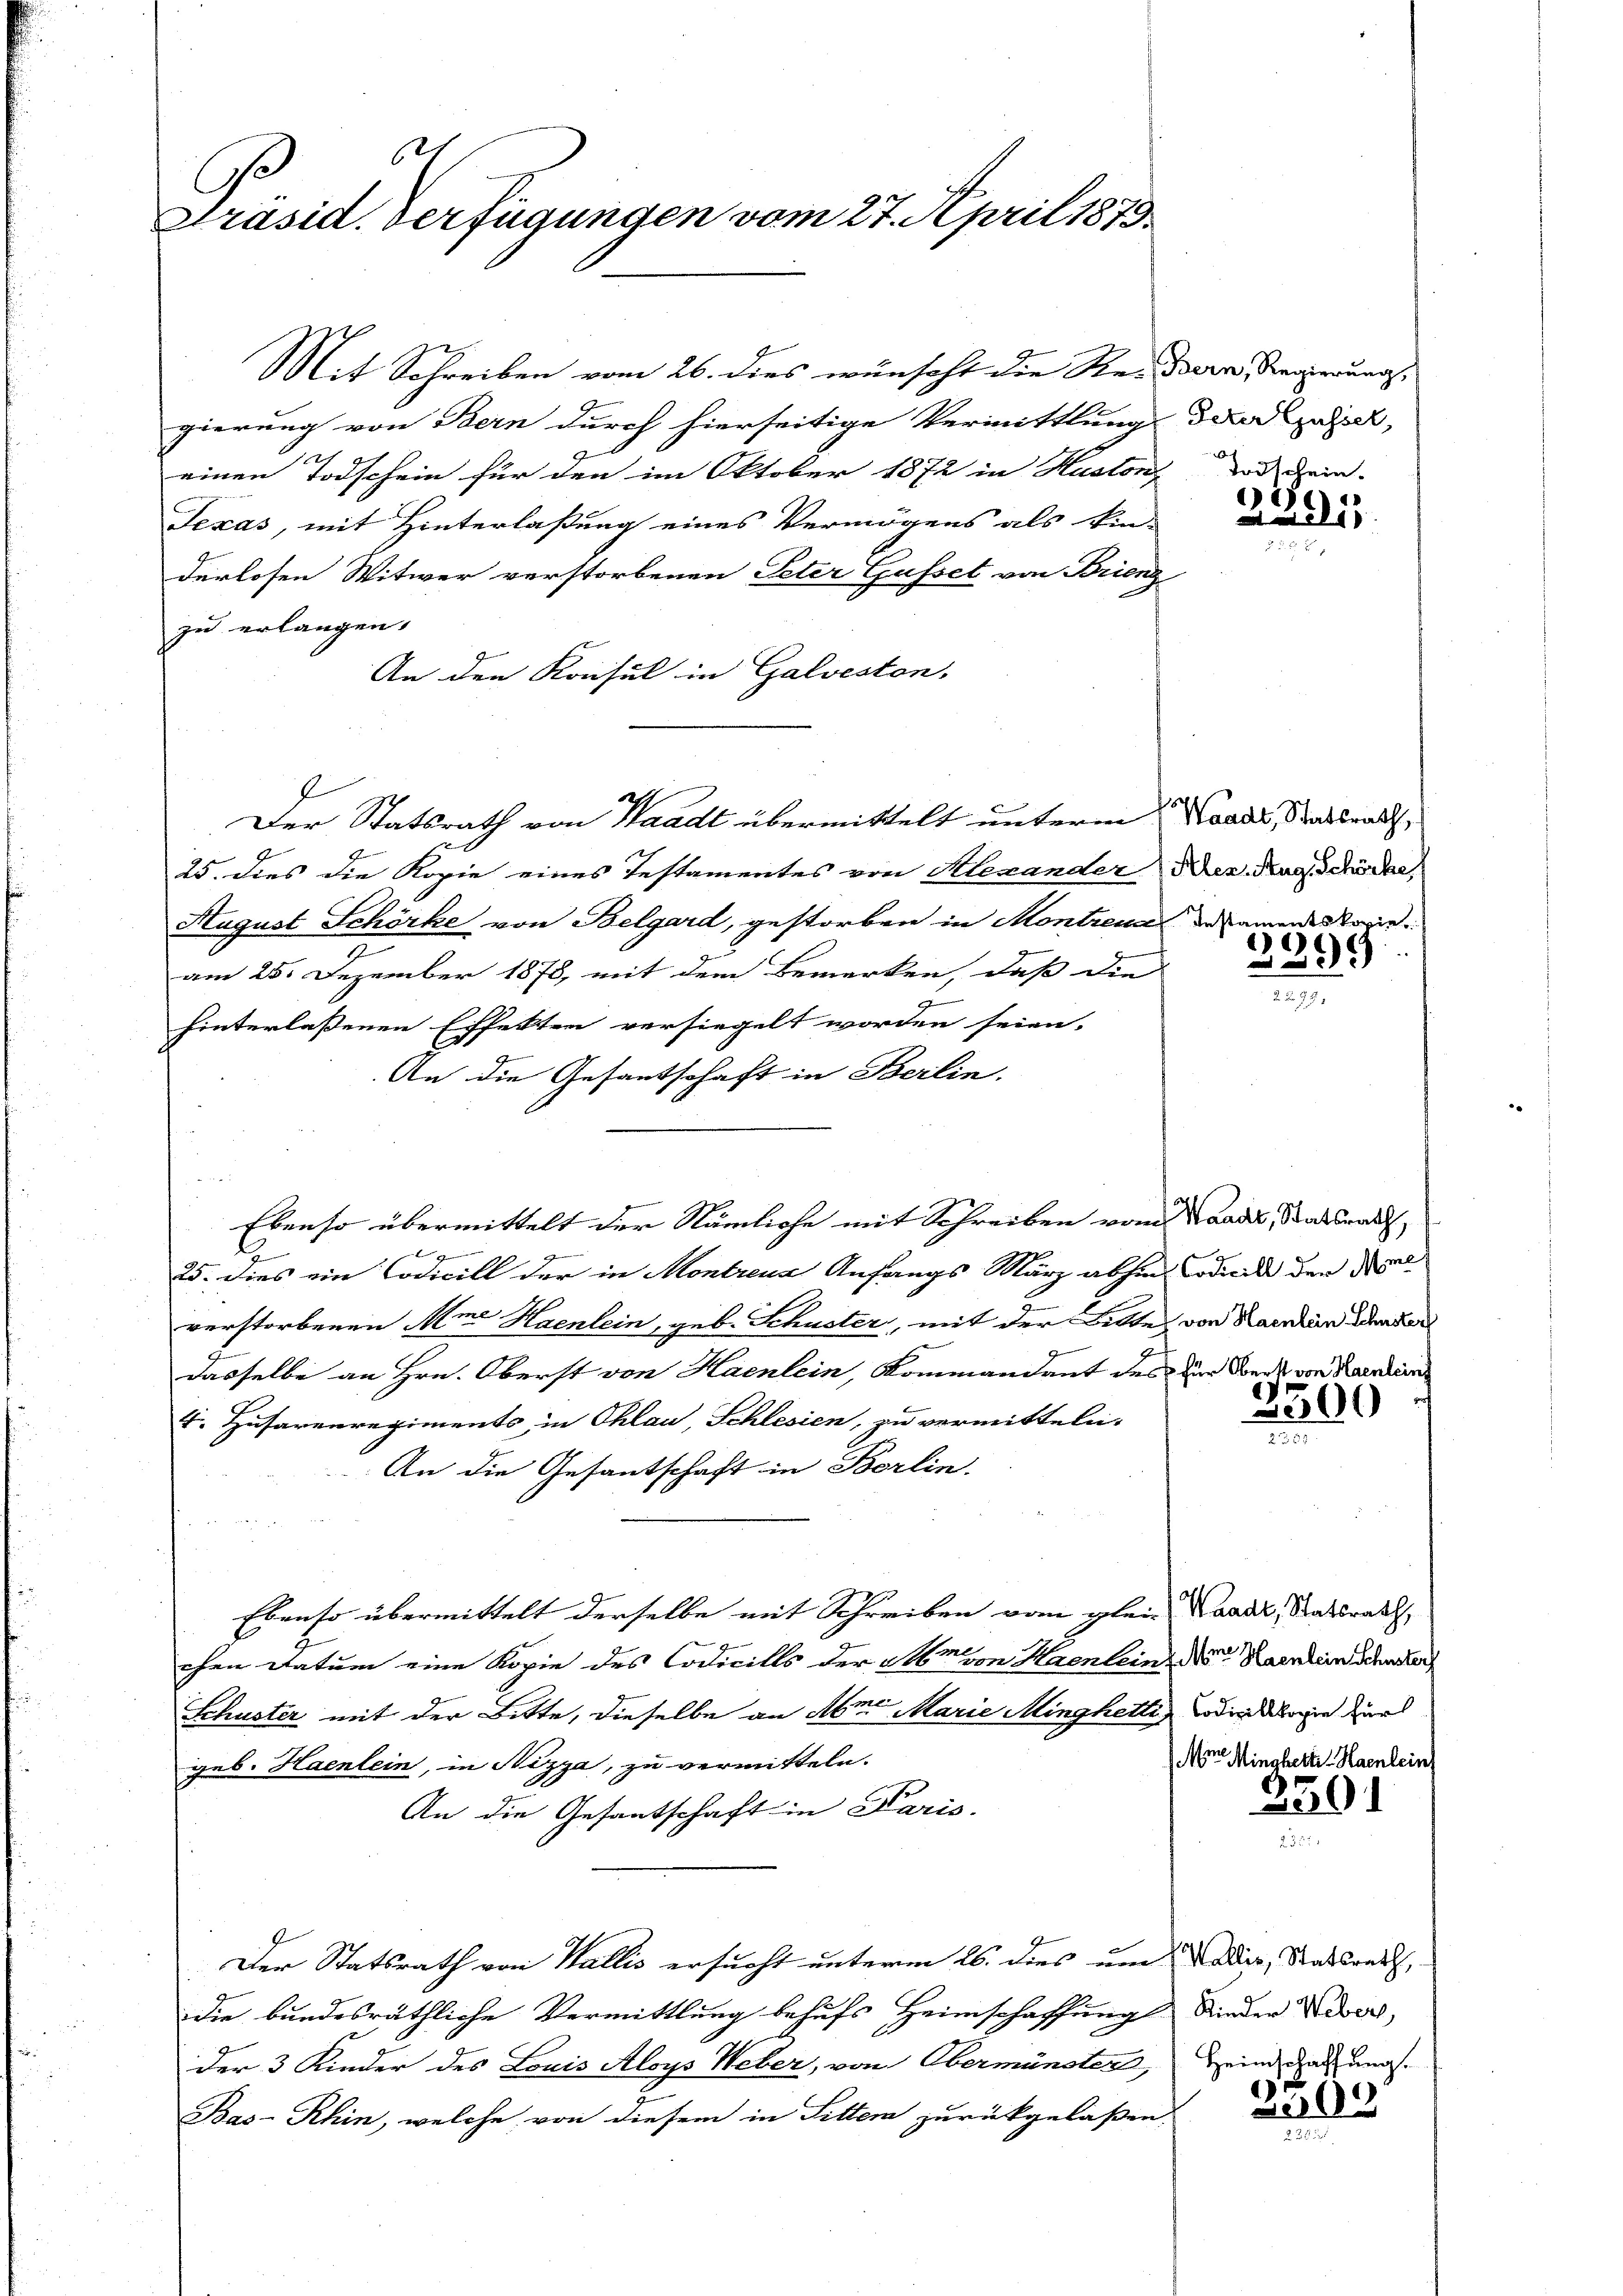
Präsid. Verfügungen vom 27. April 1879

Mit Schreiben vom 26. dies wünscht die Re-Bern, Regierung,
gierung von Bern durch hierseitige Vermittlung der zulier,
einen Todschein für den im Oktober 1872 in Huston, das Dein
Texas, mit Hinterlaßung eines Vermögens als Ein-
derlosen Witwer verstorbenen Peter Gusset von Brieng
zu erlangen.
An den Konsul in Galveston,
Der Statsrath von Waadt übermittelt unterm Kandes, Stadtrath,
25. dies die Kopie eines Testamentes von Alexander Der Rag Schöder,
August Schörke von Belgard, gestorben in Montreu
am 25. Dezember 1878, mit dem Bemerken, daß die
hinterlassenen Effekten versiegelt worden seien.
An die Gesantschaft in Berlin.
Ebenso übermittelt der Nämliche mit Schreiben vom Kaad, Staatsrauf,

25. Dies ein Codicill der in Montreux Anfangs März abhin Codicile den de
verstorbenen Mine Haenlein, geb. Schuster, mit der Bitte, von Karnten idender
dasselbe an Hrn. Oberst von Haenlein, Kommandant des zur Forde von Karneinri
4. Husarenregiments in Ohlan, Schlesien, zu vermitteln.
An die Gesantschaft in Berlin.
Ebenso übermittelt derselbe mit Schreiben vom glein Waadt, Staatsrath,
chen Datum eine Kopie des Codicills der Am von Haenleine Noter Karnein Schender
Schuster mit der Bitte, dieselbe an Alma Marie Minghetti, wodinalogie zur
geb. Haenlein, in Nizza, zu vermitteln.
An die Gesantschaft in Paris.
Der Statsrath von Wallis ersucht unterm 26. dies um Wadier, Statsandt,
die bundesräthliche Vermittlung behufs Heimschaffung Kinder Weber,
der 3 Kinder des Louis Aloys Weber, von Obermünsters,
7
Bas-Rhin, welche von diesem in Sitter zurückgelaßen.

.

2291

Instamentskopie

069

3300
e

Mor. Mingherte Haenlein

30.

Heimschaffung.
x

2295.